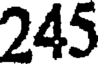
245